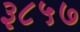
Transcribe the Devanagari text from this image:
३८५७